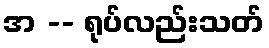
အ -- ရုပ်လည်းသတ်